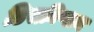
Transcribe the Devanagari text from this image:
डिस्क्रीप्शन